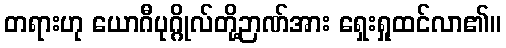
တရားဟု ယောဂီပုဂ္ဂိုလ်တို့ဉာဏ်အား ရှေးရှုထင်လာ၏။